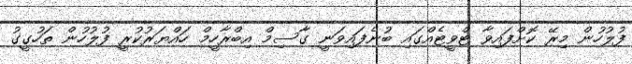
ފުލުހުން މިރޭ ކޮށްފައިވާ ޓްވީޓެއްގައި ބުނެފައިވަނީ ގާސިމް އިބްރާހީމް ހައްޔަރުކުރީ ފުލުހުން ތަހުގީގު